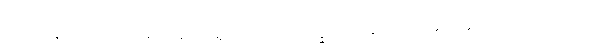
ထိုအခါ၌။ အညတရော၊ မထင်ရှားသော။ ဘိက္ခု၊ ရဟန်းသည်။ ယေန၊ အကြင်အရပ်၌။